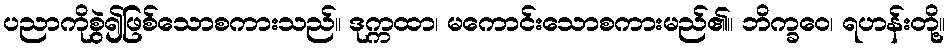
ပညာကိုစွဲ၍ဖြစ်သောစကားသည်။ ဒုက္ကထာ၊ မကောင်းသောစကားမည်၏။ ဘိက္ခဝေ၊ ရဟန်းတို့။